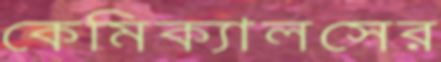
কেমিক্যালসের